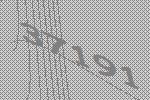
37191